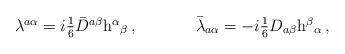
\begin{align*}\begin{array}{cc}\lambda^{a\alpha}=i\textstyle{\frac{1}{6}}\bar{D}^{a\beta}{\rm h}^{\alpha}{}_{\beta}\,,~~~~&~~~~\bar{\lambda}_{a\alpha}=-i\textstyle{\frac{1}{6}}D_{a\beta}{\rm h}^{\beta}{}_{\alpha}\,,\end{array}\end{align*}